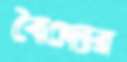
বৈদ্যের